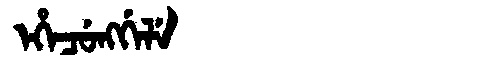
Manchu: ᡝᡥᡝᠴᡠᠩᡤᡝᠯᡝ
Romanization: EHECUNGGELE